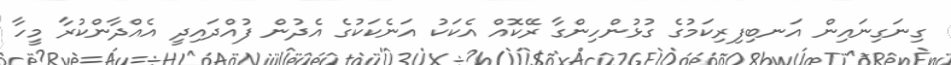
ގިނަގިނައިން އަނބިފިރިކަމުގެ ގުޅުންހިންގާ ރޭކޮއް އެކަކު އަނެކަކުގެ އެދުން ފުއްދައިދީ އެއްދާންކުރާ މީހާ